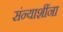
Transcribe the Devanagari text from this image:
संन्याशींना